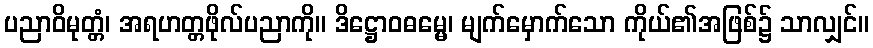
ပညာဝိမုတ္တံ၊ အရဟတ္တဖိုလ်ပညာကို။ ဒိဋ္ဌောဝဓမ္မေ၊ မျက်မှောက်သော ကိုယ်၏အဖြစ်၌ သာလျှင်။